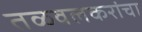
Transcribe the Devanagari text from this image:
तळवलकरांचा